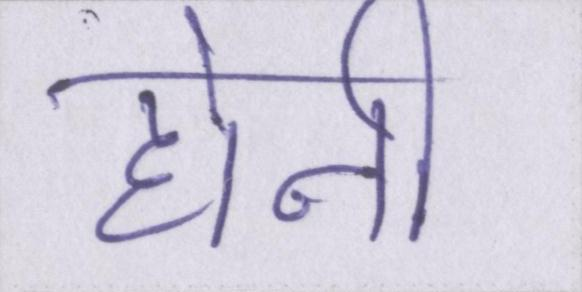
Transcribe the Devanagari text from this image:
होनी